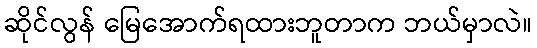
ဆိုင်လွန် မြေအောက်ရထားဘူတာက ဘယ်မှာလဲ။